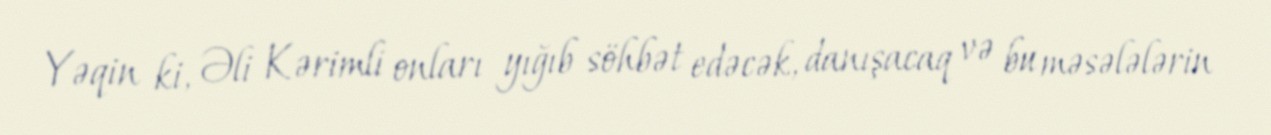
Yəqin ki, Əli Kərimli onları yığıb söhbət edəcək, danışacaq və bu məsələlərin